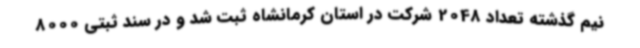
نیم گذشته تعداد 2048 شرکت در استان کرمانشاه ثبت شد و در سند ثبتی 8000